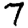
Digit: 7